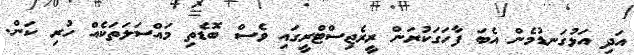
އަދި އަޅުގަނޑުމެން އެބަ ފާހަގަކުރަން ރީރެޖިސްޓްރީގައި ވެސް ބޮޑެތި މައްސަލަތަކެއް ހުރި ކަން.